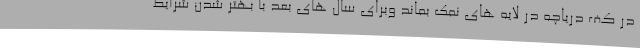
در کف دریاچه در لایه های نمک بماند وبرای سال های بعد با بهتر شدن شرایط